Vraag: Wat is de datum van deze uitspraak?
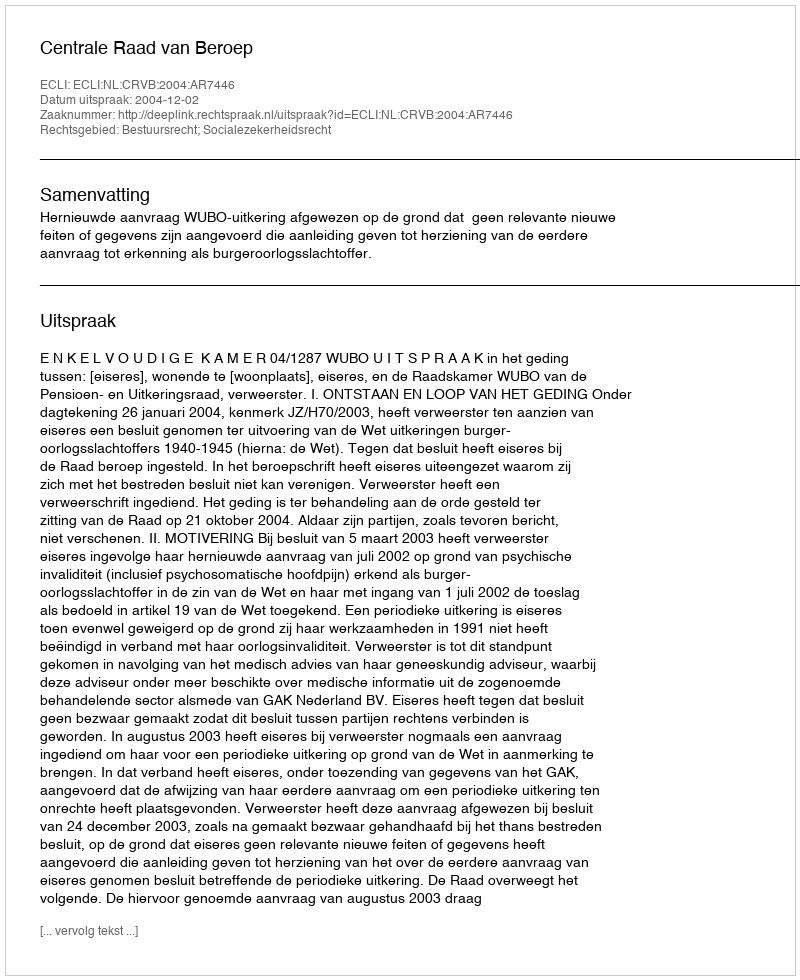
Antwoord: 2004-12-02